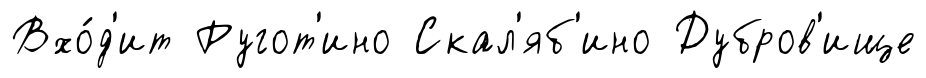
Вхо́д'ит Ругот'ино Скал'яб'ино Дубров'ище